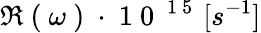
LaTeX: \Re\mathrm{~(~}\omega\mathrm{~)~}\cdot\mathrm{~1~0~}^{\mathrm{~1~5~}}\, [s^{-1}]